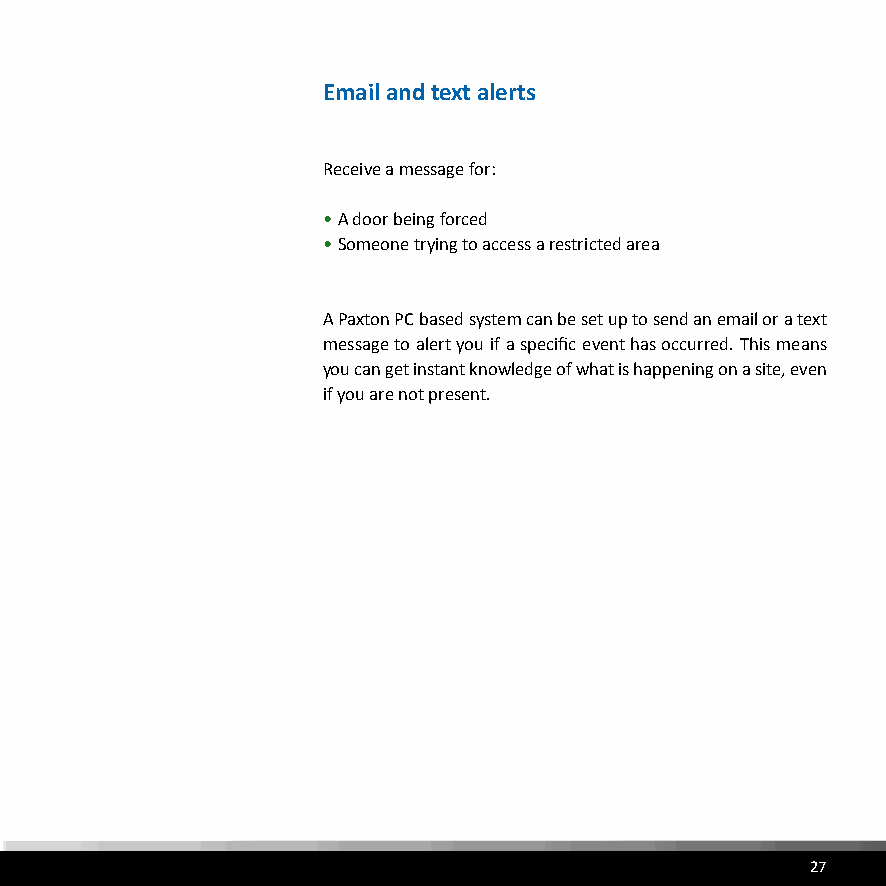
Email and text alerts
 Receive a message for:
 • A door being forced
 • Someone trying to access a restricted area
 A Paxton PC based system can be set up to send an email or a text
 message to alert you if a specific event has occurred. This means
 you can get instant knowledge of what is happening on a site, even
 if you are not present.
 27